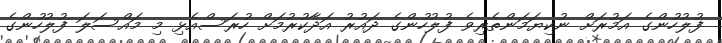
ފުލުހުންގެ އަމުރަށް ނުކިޔަމަންތެރިވެ ފުލުހުންގެ ދައުރު އަދާކުރުމަށް ހުރަސްއެޅި މި މައްސަލަ ފުލުހުންގެ